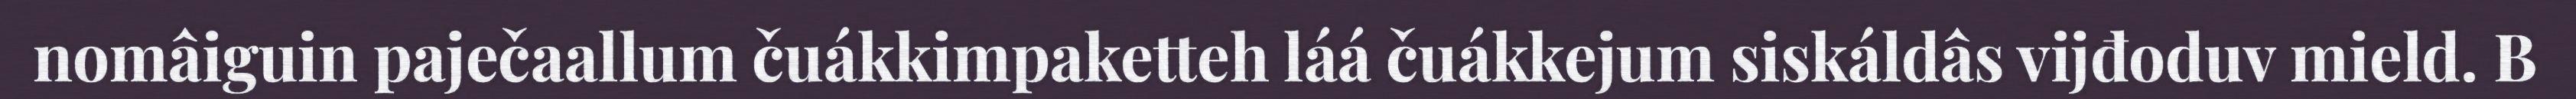
nomâiguin paječaallum čuákkimpaketteh láá čuákkejum siskáldâs vijđoduv mield. B